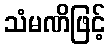
သံမဏိဖြင့်